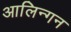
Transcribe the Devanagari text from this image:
आलिन्गन